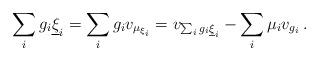
LaTeX: \begin{align*}\sum_i g_i\underline{\xi}_i =\sum_i g_i v_{\mu_{\xi_i}} =v_{\sum_i g_i \underline{\xi}_i} - \sum_i \mu_i v_{g_i} \,.\end{align*}